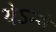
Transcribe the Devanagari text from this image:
येऽन्ये